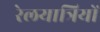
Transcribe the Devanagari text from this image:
रेलयात्रियों